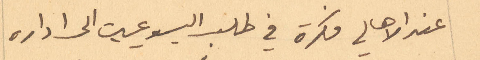
عند الاهالي فكرة في طلب اليسوعيين الى ادارة